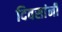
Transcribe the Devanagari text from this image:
दिवसांनीं